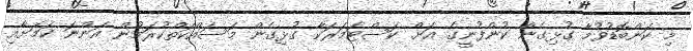
މި ކަންބޮޑުވުމާ ގުޅިގެން ކުންފުނީގެ އަށް ކަސްޓަމަރަކާ ގުޅިގެން މަސައްކަތްކުރަމުން އަންނަ ކަމަށާއި